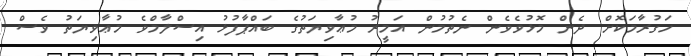
ހަގުރާމަކޮށް ދެން މޮޅުވެވެން ނެތުމުން އަމީރު މުޢާވިޔަތުގެ ބައްޕާފުޅު އިސްލާމްވެ މުޢާވިޔަތު ވެސް